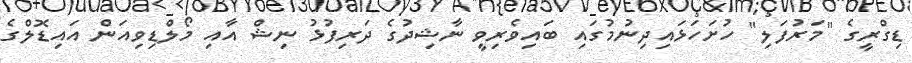
ޑިގްރީގެ "މަރުފަލި" ހުށަހަޅައިދިނުމުގައި ބައިވެރިވީ ނާޝިދުގެ ދަރިފުޅު ނިޝް އާއި މޯލްޑިވިއަން އައިޑޮލްގެ